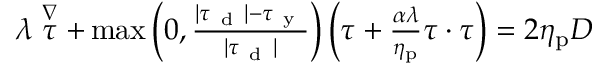
\begin{array} { r } { \lambda \stackrel { \nabla } { \boldsymbol { \tau } } + \operatorname* { m a x } \left( 0 , \frac { | \boldsymbol { \tau } _ { \mathrm { ~ d ~ } } | - \tau _ { \mathrm { ~ y ~ } } } { | \boldsymbol { \tau } _ { \mathrm { ~ d ~ } } | } \right) \left( \boldsymbol { \tau } + \frac { \alpha \lambda } { \eta _ { \mathrm { p } } } \boldsymbol { \tau } \cdot \boldsymbol { \tau } \right) = 2 \eta _ { \mathrm { p } } \boldsymbol { D } } \end{array}